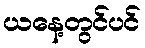
ယနေ့တွင်ပင်